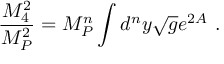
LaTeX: \frac { M _ { 4 } ^ { 2 } } { M _ { P } ^ { 2 } } = M _ { P } ^ { n } \int d ^ { n } y \sqrt { g } e ^ { 2 A } \ .